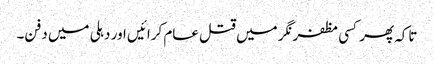
تاکہ پھر کسی مظفرنگر میں قتل عام کرائیں اور دہلی میں دفن۔